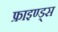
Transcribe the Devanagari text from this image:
फ्राइण्ड्स